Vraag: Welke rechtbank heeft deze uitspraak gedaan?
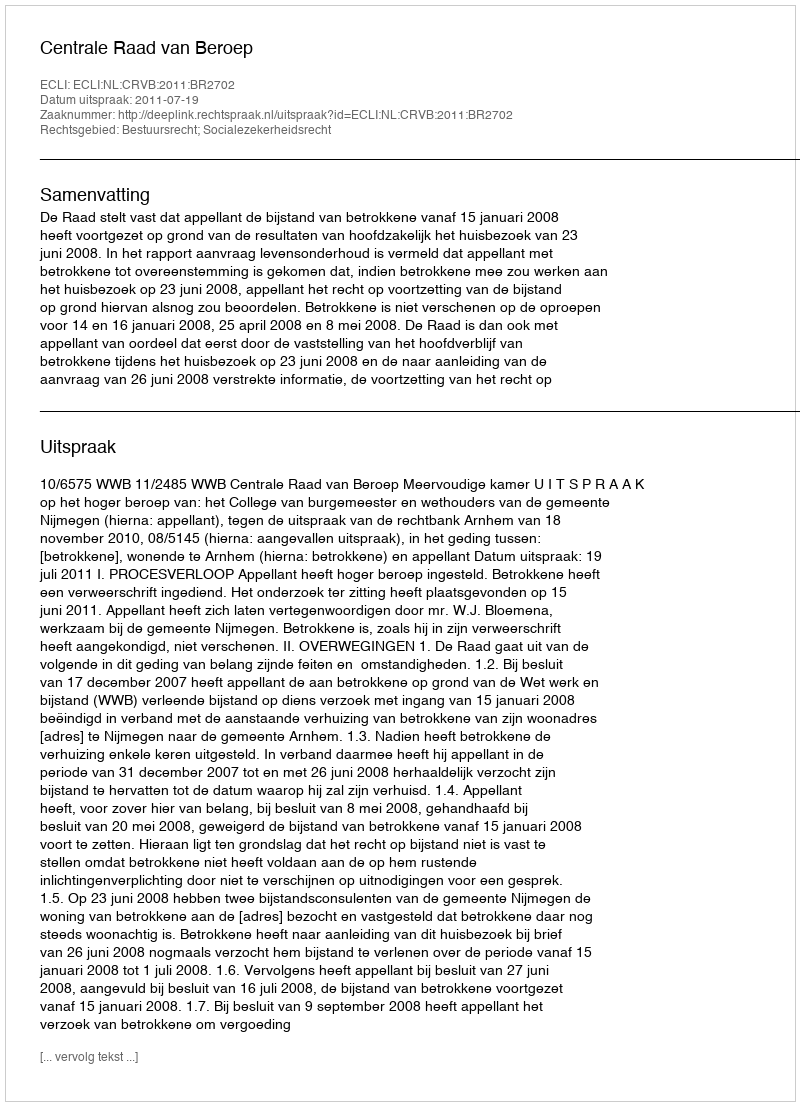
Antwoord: Centrale Raad van Beroep